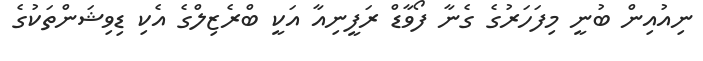
ނިއުއިން ބުނީ މިފަހަރުގެ ގެނާ ފޯވާޑް ރަފީނިއާ އަކީ ބްރެޒިލްގެ އެކި ޑިވިޝަންތަކުގެ